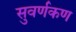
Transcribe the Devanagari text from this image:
सुवर्णकण